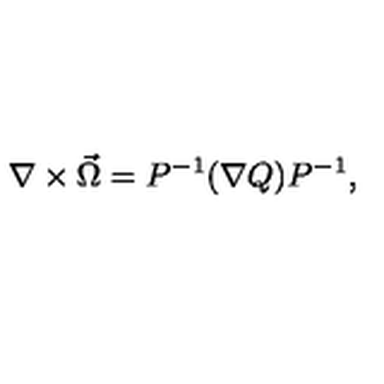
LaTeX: \nabla \times \vec { \Omega } = P ^ { - 1 } ( \nabla Q ) P ^ { - 1 } ,